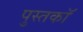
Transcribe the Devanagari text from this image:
पुस्तकॉ